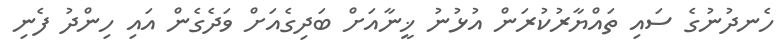
ހެނދުނުގެ ސައި ތައްޔާރުކުރަން އުޅުނު ޚީނާއަށް ބަދިގެއަށް ވަދެގެން އައި ހިންދު ފެނި